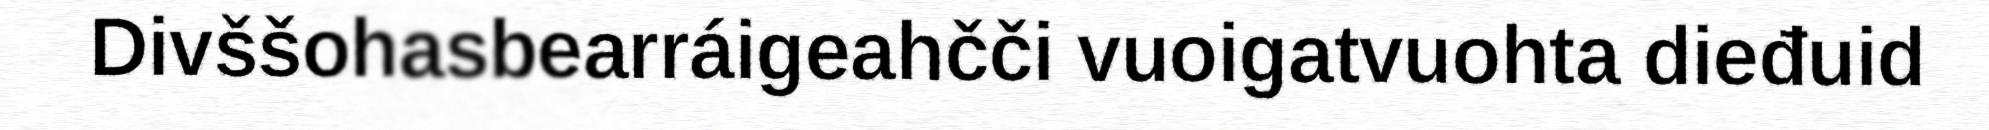
Divššohasbearráigeahčči vuoigatvuohta dieđuid